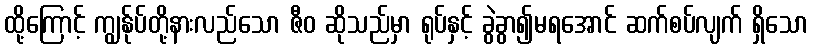
ထို့ကြောင့် ကျွန်ုပ်တို့နားလည်သော ဇီဝ ဆိုသည်မှာ ရုပ်နှင့် ခွဲခွာ၍မရအောင် ဆက်စပ်လျက် ရှိသော